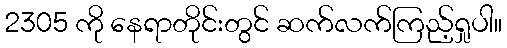
2305 ကို နေရာတိုင်းတွင် ဆက်လက်ကြည့်ရှုပါ။